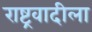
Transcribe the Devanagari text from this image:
राष्ट्रवादीला